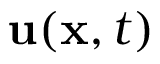
{ \mathbf { u } } ( { \mathbf { x } } , t )